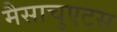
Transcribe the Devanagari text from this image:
मैसाचुएटस